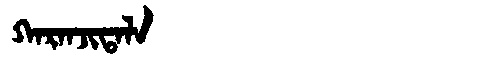
Manchu: ᡴᠠᡵᠠᠨᠵᡳᡨᠠᠯᠠ
Romanization: KARANJITALA